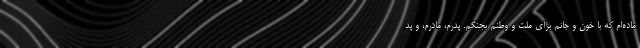
ماده‌ام که با خون و جانم برای ملت و وطنم بجنگم. پدرم، مادرم، و پد